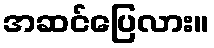
အဆင်ပြေလား။